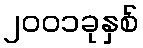
၂၀၀၁ခုနှစ်